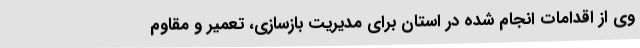
وی از اقدامات انجام شده در استان برای مدیریت بازسازی، تعمیر و مقاوم